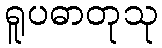
ရူပဓာတုသု